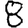
Digit: 8